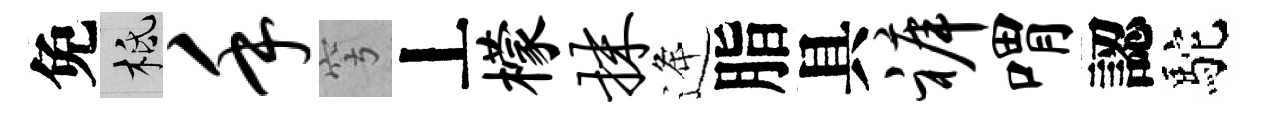
免柢手穹丄檬抹逄脂具裤喟認駝